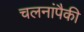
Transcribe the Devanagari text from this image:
चलनांपैकी